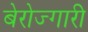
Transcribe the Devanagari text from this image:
बेरोज्गारी